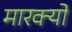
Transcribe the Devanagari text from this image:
मारक्यों